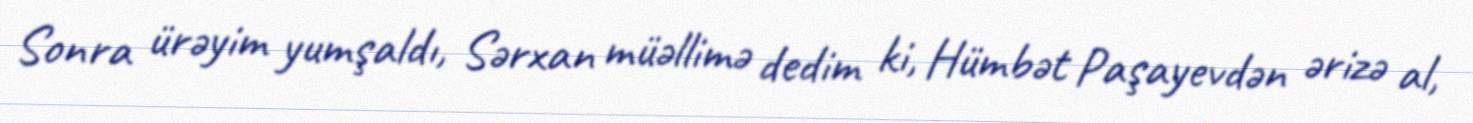
Sonra ürəyim yumşaldı, Sərxan müəllimə dedim ki, Hümbət Paşayevdən ərizə al,